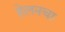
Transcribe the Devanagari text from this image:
हेलनचा